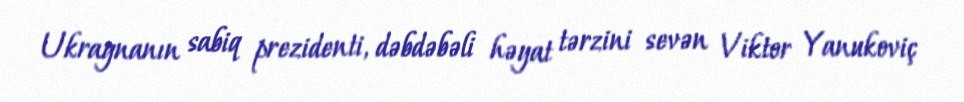
Ukraynanın sabiq prezidenti, dəbdəbəli həyat tərzini sevən Viktor Yanukoviç